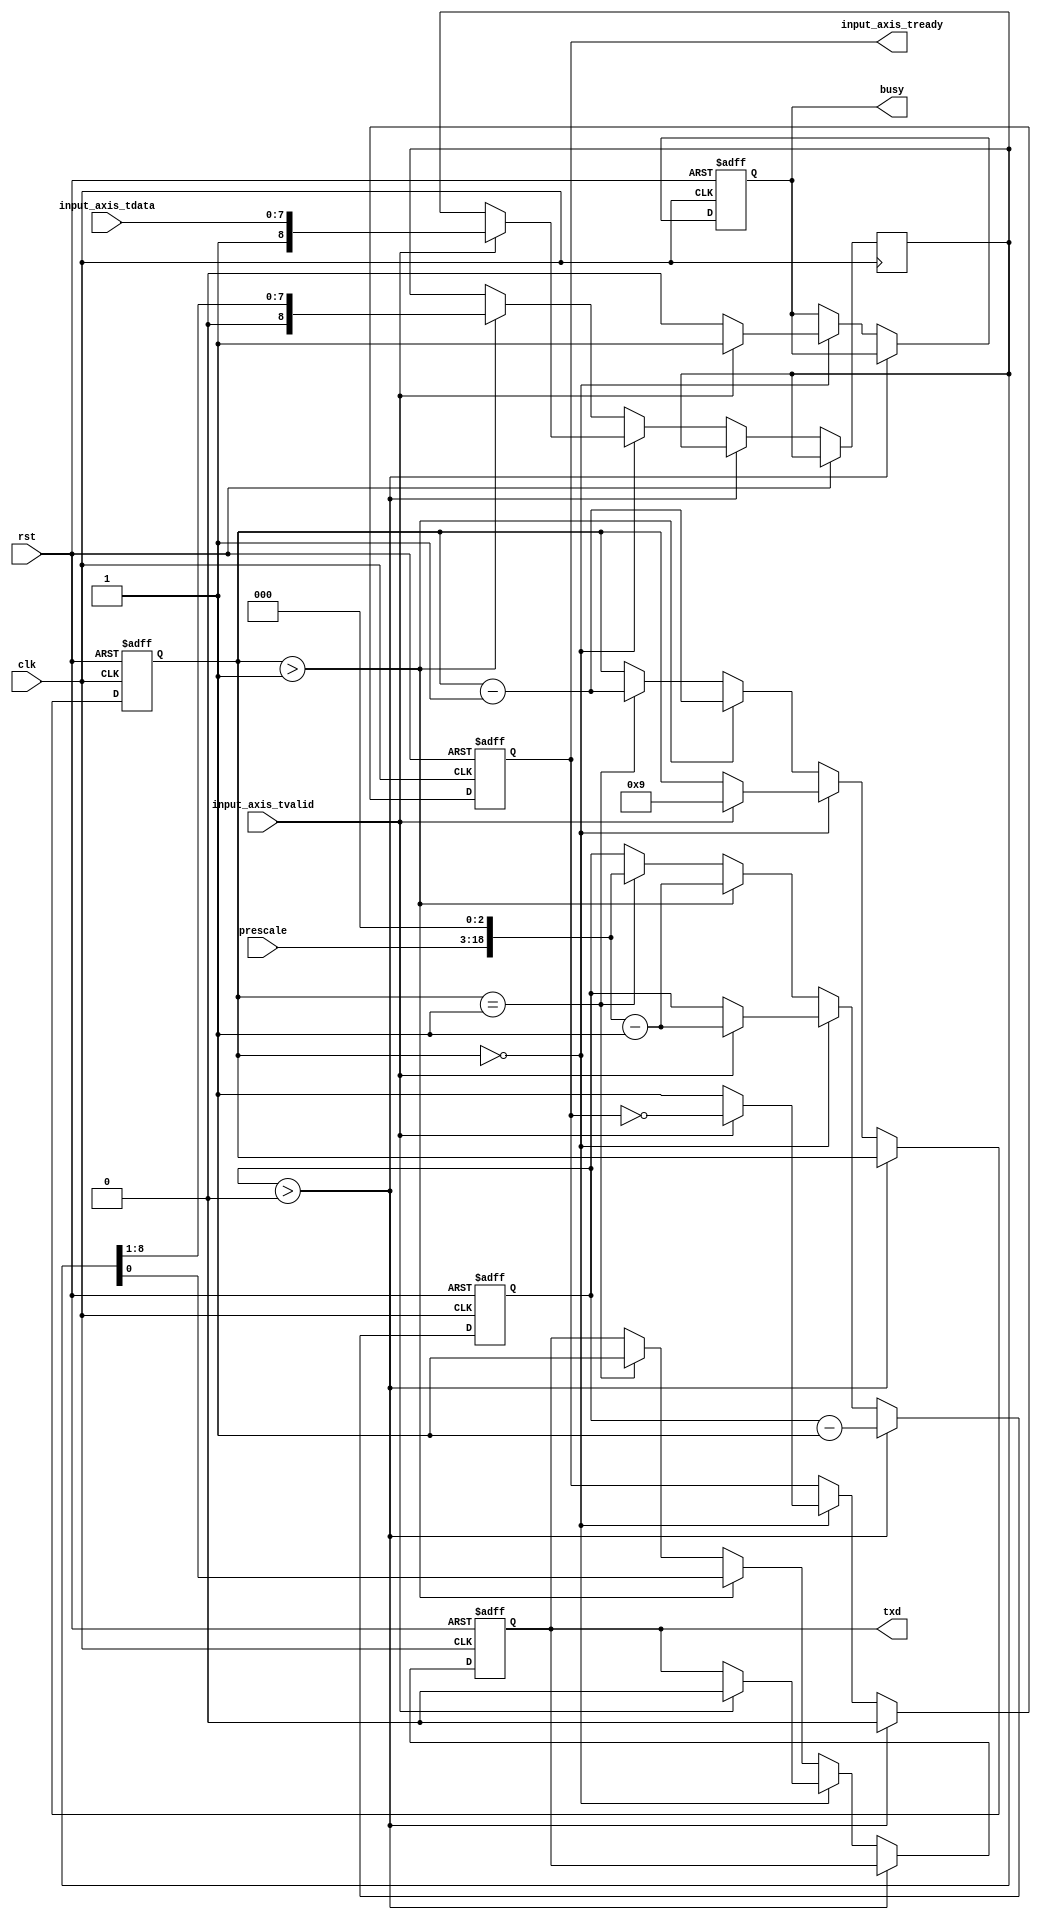
module uart_tx #
(
    parameter DATA_WIDTH = 8
)
(
    input  wire                   clk,
    input  wire                   rst,

    /*
     * AXI input
     */
    input  wire [DATA_WIDTH-1:0]  input_axis_tdata,
    input  wire                   input_axis_tvalid,
    output wire                   input_axis_tready,

    /*
     * UART interface
     */
    output wire                   txd,

    /*
     * Status
     */
    output wire                   busy,

    /*
     * Configuration
     */
    input  wire [15:0]            prescale
);

reg input_axis_tready_reg = 0;

reg txd_reg = 1;

reg busy_reg = 0;

reg [DATA_WIDTH:0] data_reg = 0;
reg [18:0] prescale_reg = 0;
reg [3:0] bit_cnt = 0;

assign input_axis_tready = input_axis_tready_reg;
assign txd = txd_reg;

assign busy = busy_reg;

always @(posedge clk or posedge rst) begin
    if (rst) begin
        input_axis_tready_reg <= 0;
        txd_reg <= 1;
        prescale_reg <= 0;
        bit_cnt <= 0;
        busy_reg <= 0;
    end else begin
        if (prescale_reg > 0) begin
            input_axis_tready_reg <= 0;
            prescale_reg <= prescale_reg - 1;
        end else if (bit_cnt == 0) begin
            input_axis_tready_reg <= 1;
            busy_reg <= 0;

            if (input_axis_tvalid) begin
                input_axis_tready_reg <= ~input_axis_tready_reg;
                prescale_reg <= (prescale << 3)-1;
                bit_cnt <= DATA_WIDTH+1;
                data_reg <= {1'b1, input_axis_tdata};
                txd_reg <= 0;
                busy_reg <= 1;
            end
        end else begin
            if (bit_cnt > 1) begin
                bit_cnt <= bit_cnt - 1;
                prescale_reg <= (prescale << 3)-1;
                {data_reg, txd_reg} <= {1'b0, data_reg};
            end else if (bit_cnt == 1) begin
                bit_cnt <= bit_cnt - 1;
                prescale_reg <= (prescale << 3);
                txd_reg <= 1;
            end
        end
    end
end

endmodule